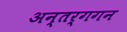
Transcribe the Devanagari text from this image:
अन्तर्गगन